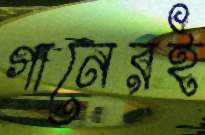
গানেরই